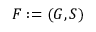
F : = ( G , S )